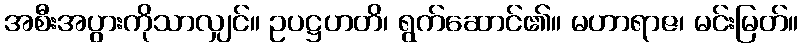
အစီးအပွားကိုသာလျှင်။ ဥပဋ္ဌဟတိ၊ ရွက်ဆောင်၏။ မဟာရာဇ၊ မင်းမြတ်။